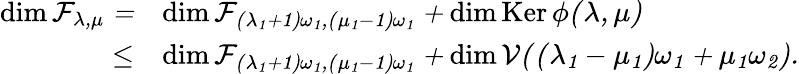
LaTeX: \begin{array}{rl}{\dim\cal F_{\lambda,\mu}=}&{\dim\cal F_{(\lambda_{1}+1)\omega_{1},(\mu_{1}-1)\omega_{1}}+\dim\operatorname{Ker}\phi(\lambda,\mu)}\\ {\leq}&{\dim\cal F_{(\lambda_{1}+1)\omega_{1},(\mu_{1}-1)\omega_{1}}+\dim V((\lambda_{1}-\mu_{1})\omega_{1}+\mu_{1}\omega_{2}).}\end{array}